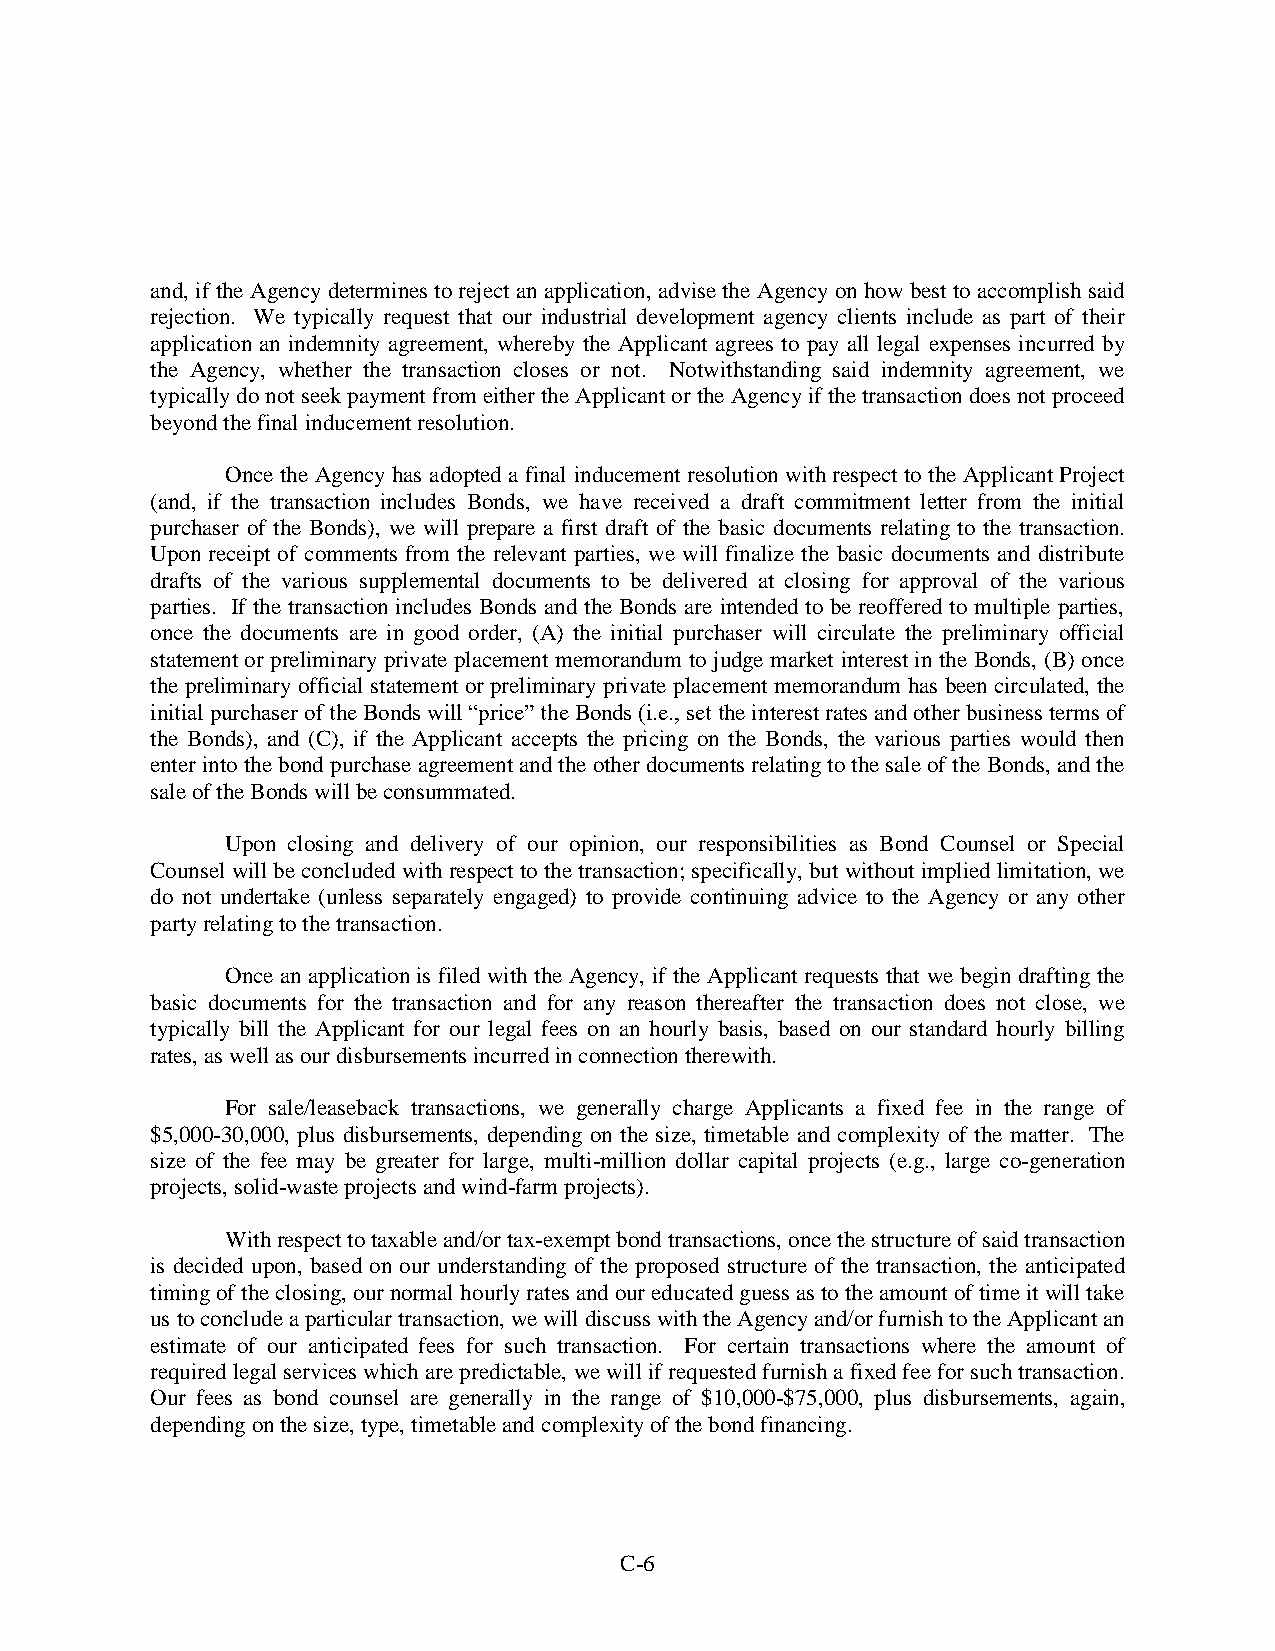
and, if the Agency determines to reject an application, advise the Agency on how best to accomplish said
 rejection. We typically request that our industrial development agency clients include as part of their
 application an indemnity agreement, whereby the Applicant agrees to pay all legal expenses incurred by
 the Agency, whether the transaction closes or not. Notwithstanding said indemnity agreement, we
 typically do not seek payment from either the Applicant or the Agency if the transaction does not proceed
 beyond the final inducement resolution.
 Once the Agency has adopted a final inducement resolution with respect to the Applicant Project
 (and, if the transaction includes Bonds, we have received a draft commitment letter from the initial
 purchaser of the Bonds), we will prepare a first draft of the basic documents relating to the transaction.
 Upon receipt of comments from the relevant parties, we will finalize the basic documents and distribute
 drafts of the various supplemental documents to be delivered at closing for approval of the various
 parties. If the transaction includes Bonds and the Bonds are intended to be reoffered to multiple parties,
 once the documents are in good order, (A) the initial purchaser will circulate the preliminary official
 statement or preliminary private placement memorandum to judge market interest in the Bonds, (B) once
 the preliminary official statement or preliminary private placement memorandum has been circulated, the
 initial purchaser of the Bonds will “price” the Bonds (i.e., set the interest rates and other business terms of
 the Bonds), and (C), if the Applicant accepts the pricing on the Bonds, the various parties would then
 enter into the bond purchase agreement and the other documents relating to the sale of the Bonds, and the
 sale of the Bonds will be consummated.
 Upon closing and delivery of our opinion, our responsibilities as Bond Counsel or Special
 Counsel will be concluded with respect to the transaction; specifically, but without implied limitation, we
 do not undertake (unless separately engaged) to provide continuing advice to the Agency or any other
 party relating to the transaction.
 Once an application is filed with the Agency, if the Applicant requests that we begin drafting the
 basic documents for the transaction and for any reason thereafter the transaction does not close, we
 typically bill the Applicant for our legal fees on an hourly basis, based on our standard hourly billing
 rates, as well as our disbursements incurred in connection therewith.
 For sale/leaseback transactions, we generally charge Applicants a fixed fee in the range of
 $5,000-30,000, plus disbursements, depending on the size, timetable and complexity of the matter. The
 size of the fee may be greater for large, multi-million dollar capital projects (e.g., large co-generation
 projects, solid-waste projects and wind-farm projects).
 With respect to taxable and/or tax-exempt bond transactions, once the structure of said transaction
 is decided upon, based on our understanding of the proposed structure of the transaction, the anticipated
 timing of the closing, our normal hourly rates and our educated guess as to the amount of time it will take
 us to conclude a particular transaction, we will discuss with the Agency and/or furnish to the Applicant an
 estimate of our anticipated fees for such transaction. For certain transactions where the amount of
 required legal services which are predictable, we will if requested furnish a fixed fee for such transaction.
 Our fees as bond counsel are generally in the range of $10,000-$75,000, plus disbursements, again,
 depending on the size, type, timetable and complexity of the bond financing.
 C-6